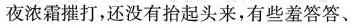
夜浓霜摧打，还没有抬起头来，有些羞答答、